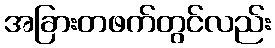
အခြားတဖက်တွင်လည်း